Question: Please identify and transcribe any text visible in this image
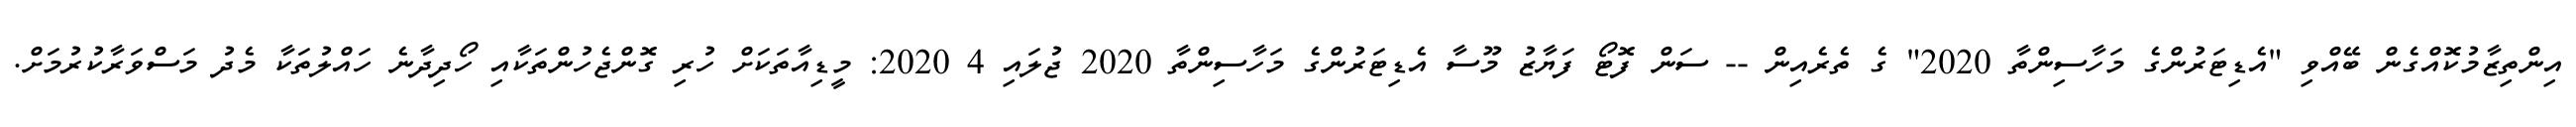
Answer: އިންތިޒާމުކޮއްގެން ބޭއްވި "އެޑިޓަރުންގެ މަހާސިންތާ 2020" ގެ ތެރެއިން -- ސަން ފޮޓޯ ފަޔާޒު މޫސާ އެޑިޓަރުންގެ މަހާސިންތާ 2020 ޖުލައި 4 2020: މީޑިއާތަކަށް ހުރި ގޮންޖެހުންތަކާއި ހޯދިދާނެ ހައްލުތަކާ މެދު މަސްވަރާކުރުމަށް.